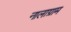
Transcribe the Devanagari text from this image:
नालाग्राम